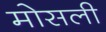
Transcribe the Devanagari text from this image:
मोसली